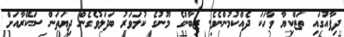
ދިފާއުގައި ތަޒްކިޔާ ވާހަކަ ދެއްކުމުންނެވެ. ޒިބާންގެ މޫނުގެ ކުލަވަރު ބަދަލުވެގެން ދިޔަތަން ސަކޭރާއަށް